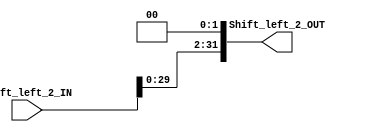
module Shift_left_2 (
	input [31:0] Shift_left_2_IN,
	output [31:0] Shift_left_2_OUT
	);

	assign Shift_left_2_OUT = Shift_left_2_IN << 2;

endmodule